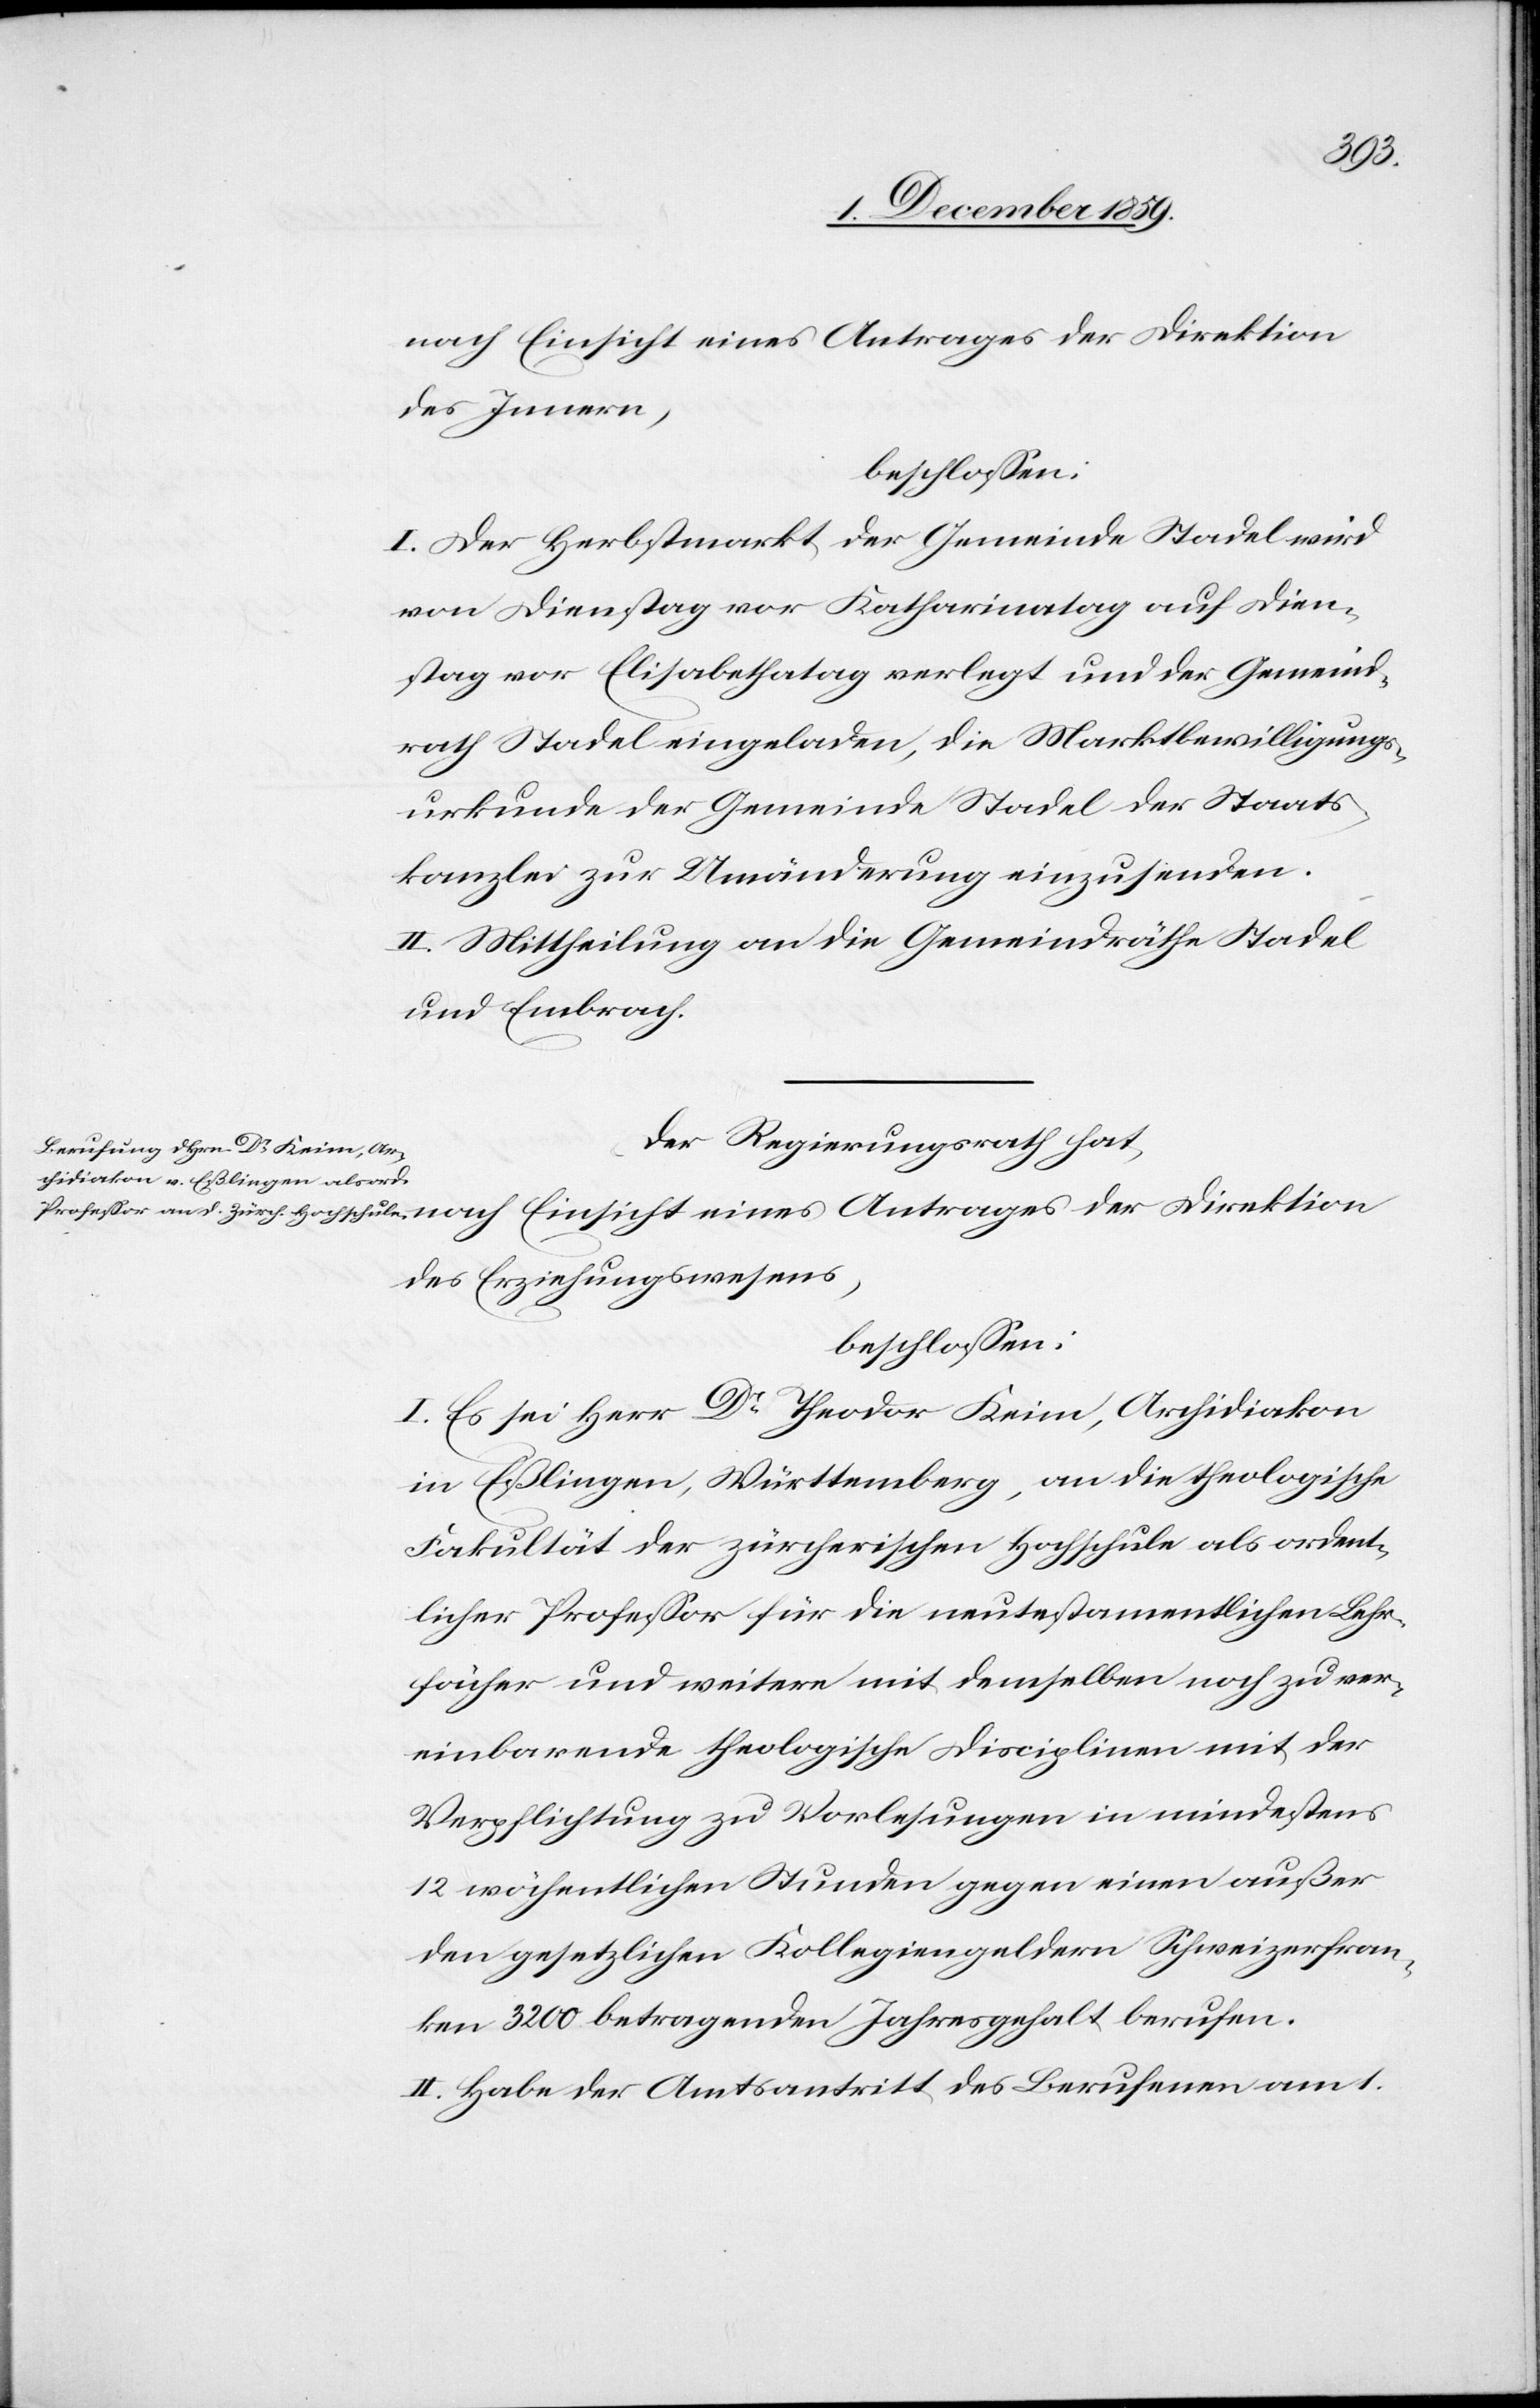
nach Einsicht eines Antrages der Direktion
des Innern,
beschlossen:
I. Der Herbstmarkt der Gemeinde Stadel wird
von Dienstag vor Katharinatag auf Dien¬
stag vor Elisabethatag verlegt und der Gemeind¬
rath Stadel eingeladen, die Marktbewilligungs¬
urkunde der Gemeinde Stadel der Staats¬
kanzlei zur Umänderung einzusenden.
II. Mittheilung an die Gemeindräthe Stadel
und Embrach.
Der Regierungsrath hat,
des Erziehungswesens,
beschlossen:
I. Es sei Herr Dr Theodor Keim, Archidiakon
in Eßlingen, Württemberg, an die theologische
Fakultät des zürcherischen Hochschule als ordent¬
licher Professor für die neutestamentlichen Lehr¬
fächer und weitere mit demselben noch zu ver¬
einbarende theologische Disciplinen mit der
Verpflichtung zu Vorlesungen in mindestens
12 wöchentlichen Stunden gegen einen außer
den gesetzlichen Kollegiengeldern Schweizerfran¬
ken 3200 betragenden Jahresgehalt berufen.
II. Habe der Amtsantritt des Berufenen am 1.